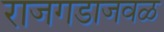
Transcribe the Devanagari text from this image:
राजगडाजवळ